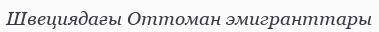
Швециядағы Оттоман эмигранттары